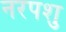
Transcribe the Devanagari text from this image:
नरपशु